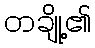
တချို့၏